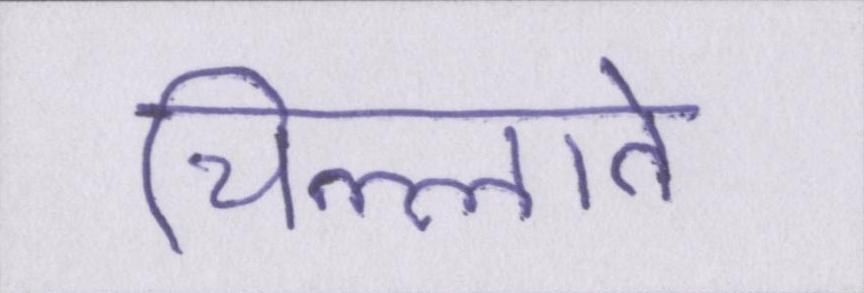
चिल्लाते